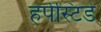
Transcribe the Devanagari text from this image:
हर्पेस्टिडे